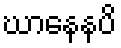
ဃာနေနပိ